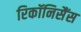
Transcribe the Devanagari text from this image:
रिकॉनिसैंस